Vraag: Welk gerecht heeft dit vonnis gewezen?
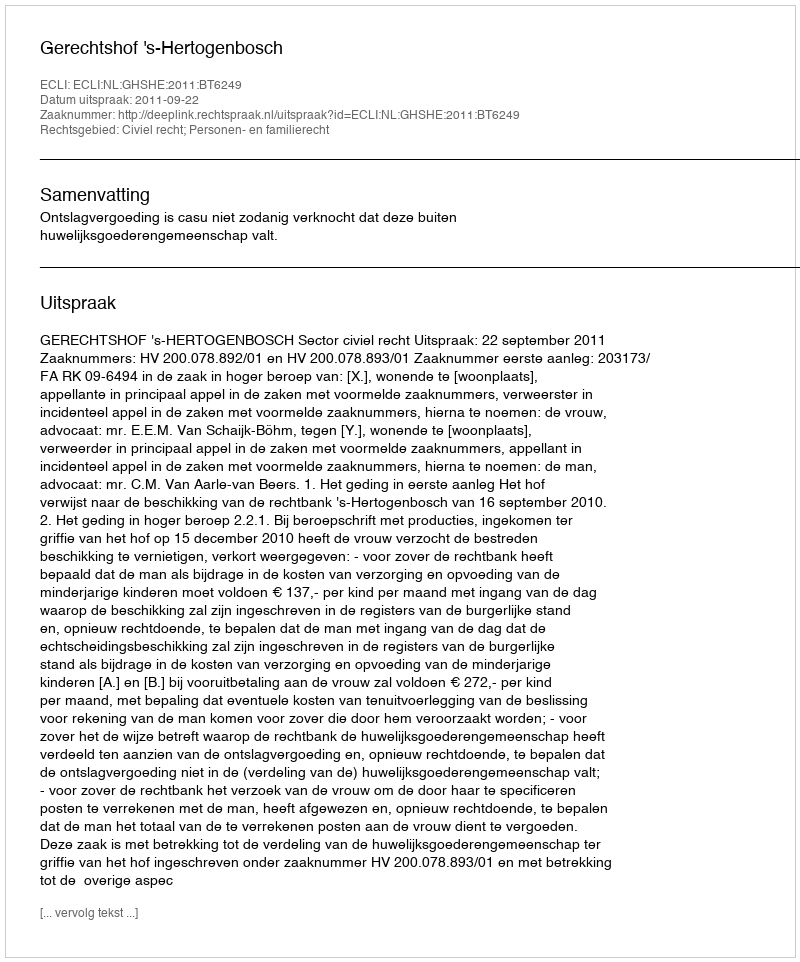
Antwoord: Gerechtshof 's-Hertogenbosch